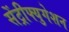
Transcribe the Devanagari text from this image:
सेंट्रीफ्युगेशन